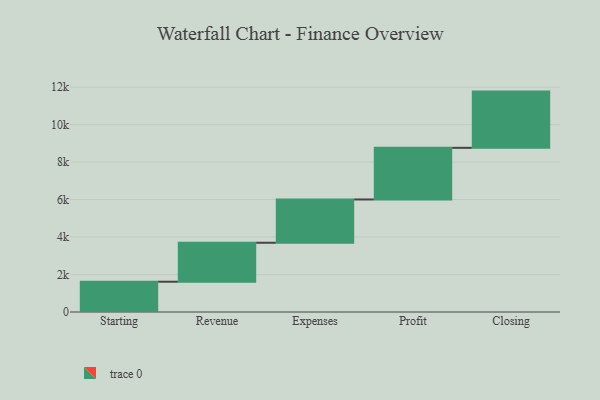
{"axis": {"x": "Step", "y": "Value"}, "legend": [""], "data": [{"x": "Starting", "y": 1616.0, "type": ""}, {"x": "Revenue", "y": 2079.0, "type": ""}, {"x": "Expenses", "y": 2310.0, "type": ""}, {"x": "Profit", "y": 2756.0, "type": ""}, {"x": "Closing", "y": 3000, "type": ""}]}